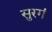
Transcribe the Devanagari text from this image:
सुरगं